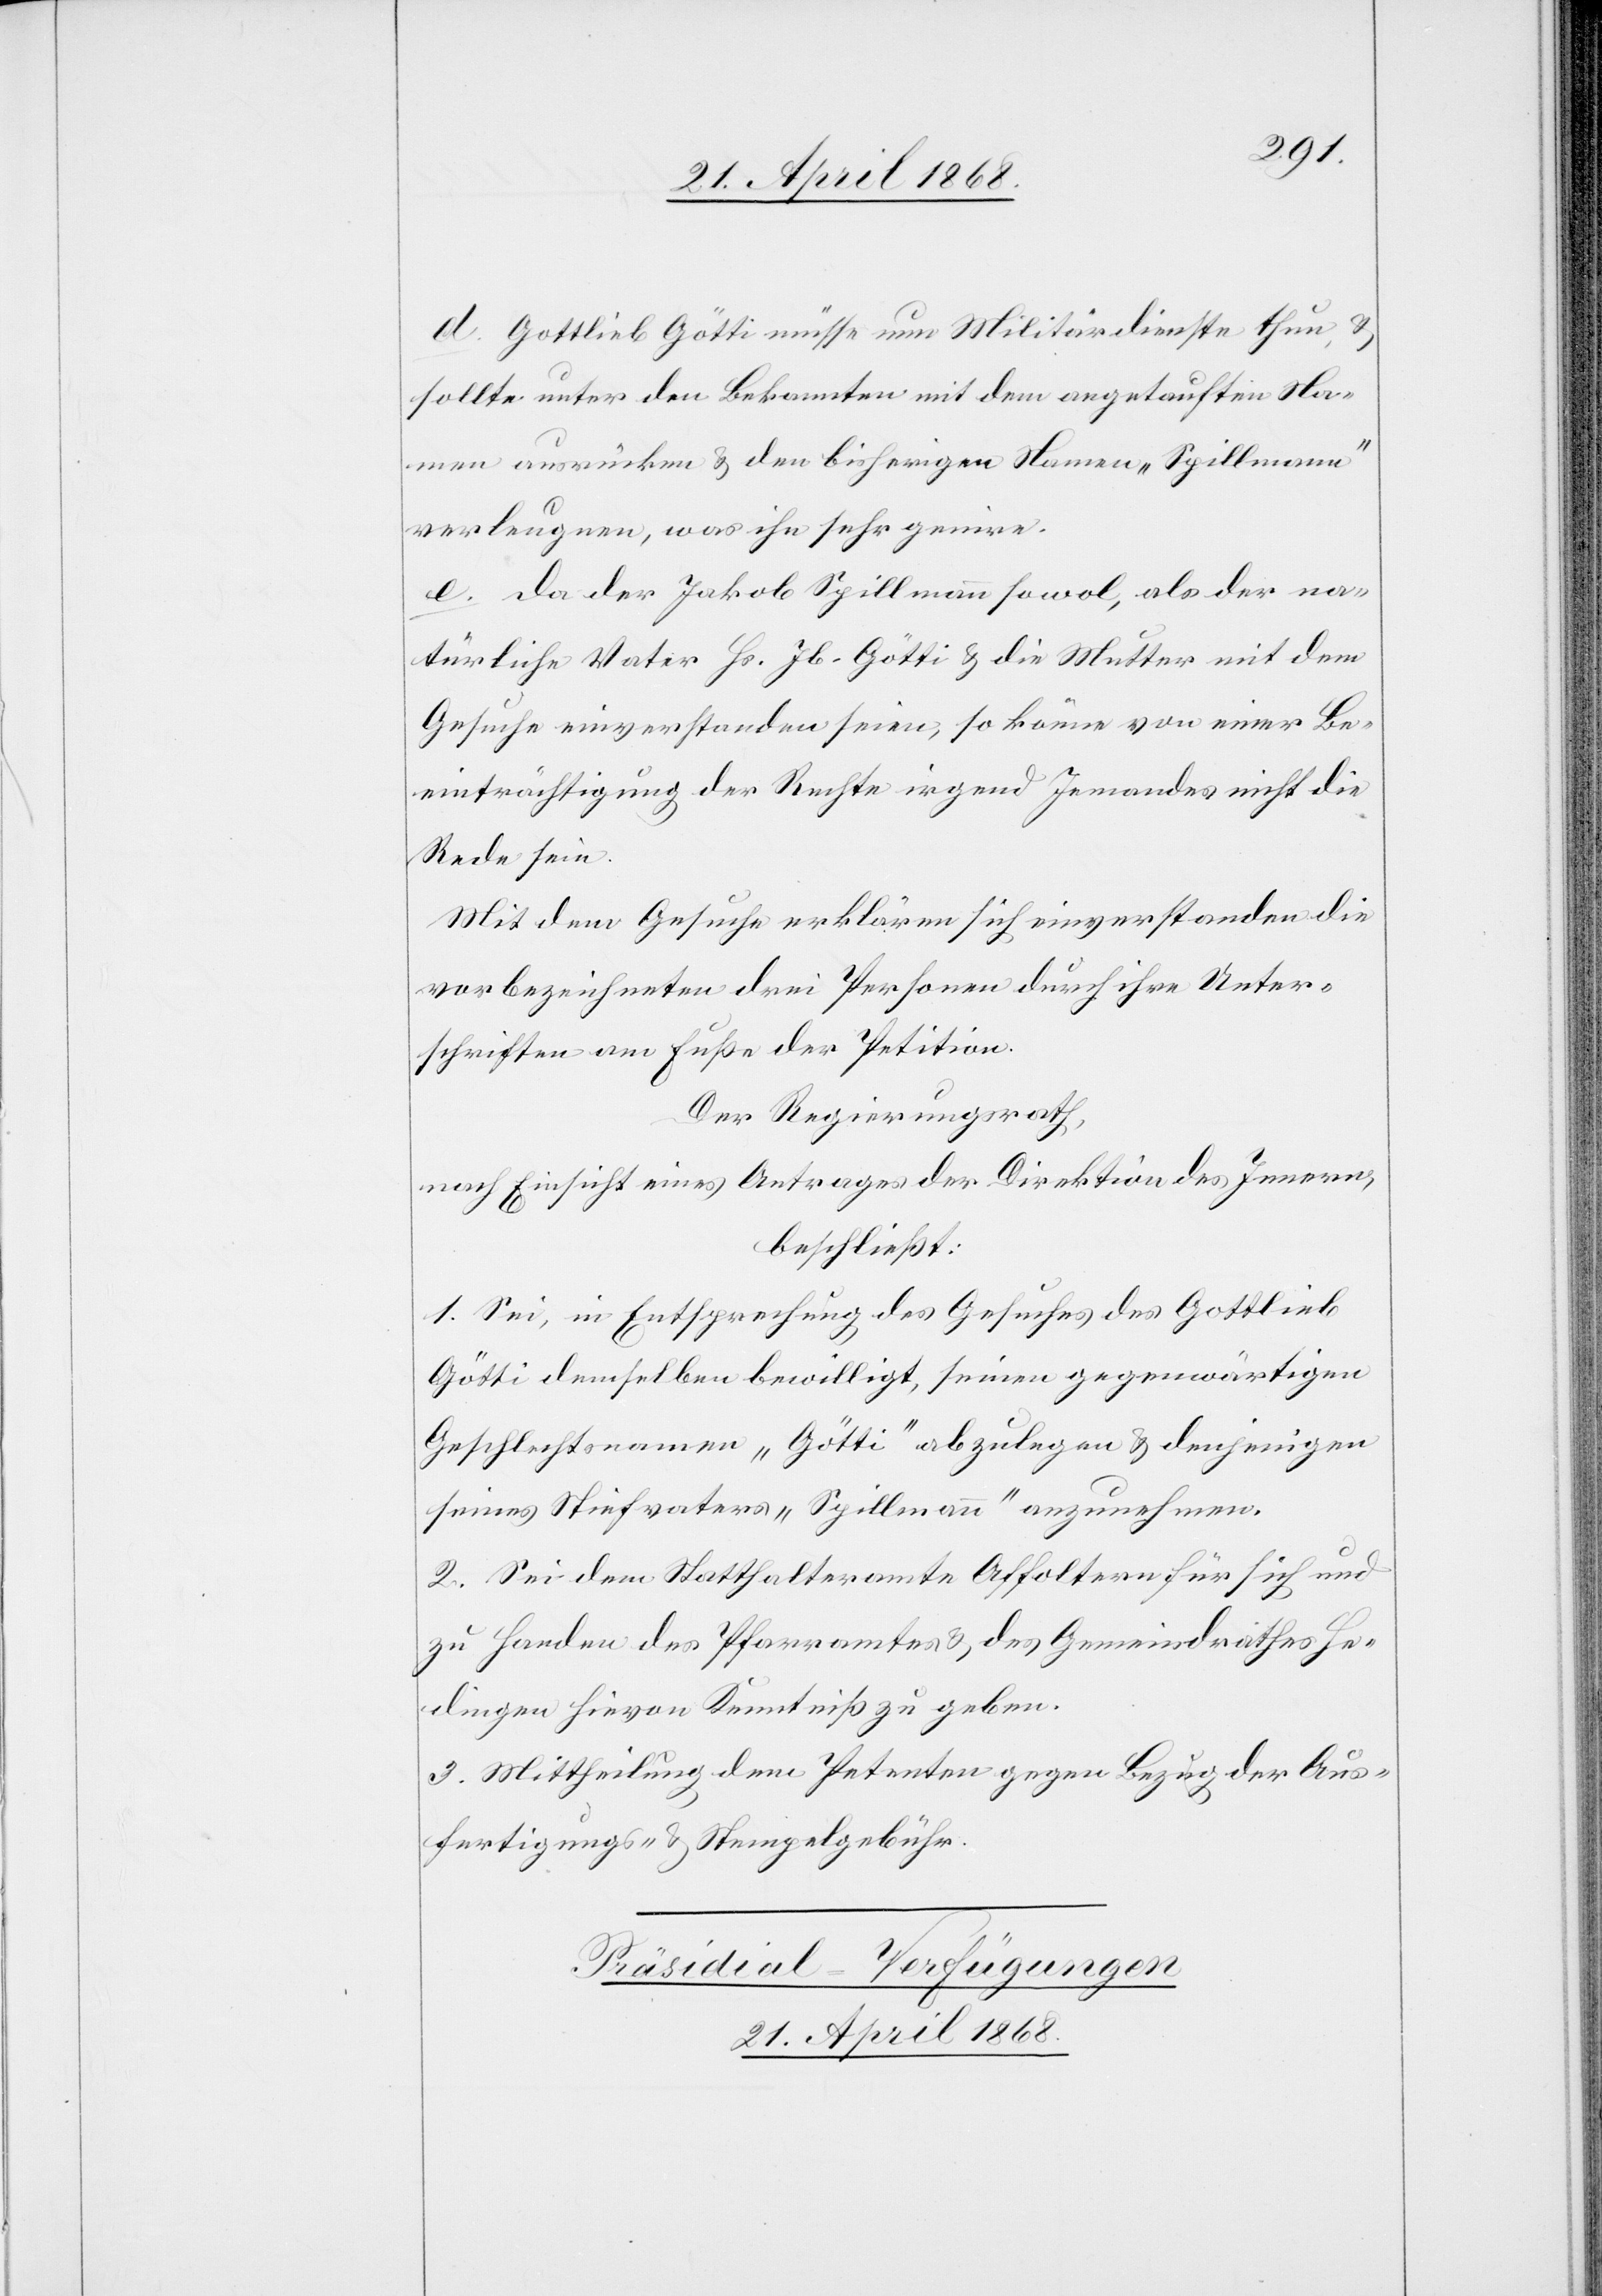
d. Gottlieb Götti müsse nun Militärdienste thun, &
sollte unter den Bekannten mit dem angetauften Na¬
men ausrücken & den bisherigen Namen „Spillmann“
verleugnen, was ihn sehr genire.
e. Da der Jakob Spillmann sowol, als der na¬
türliche Vater Hs. Jb. Götti & die Mutter mit dem
Gesuche einverstanden seien, so könne von einer Be¬
einträchtigung der Rechte irgend Jemandes nicht die
Rede sein.
Mit dem Gesuche erklären sich einverstanden die
vorbezeichneten drei Personen durch ihre Unter¬
schriften am Fuße der Petition.
Der Regierungsrath,
nach Einsicht eines Antrages der Direktion des Innern,
beschließt:
1. Sei, in Entsprechung des Gesuches des Gottlieb
Götti demselben bewilligt, seinen gegenwärtigen
Geschlechtsnamen „Götti“ abzulegen & denjenigen
seines Stiefvaters „Spillmann“ anzunehmen.
2. Sei dem Statthalteramte Affoltern für sich und
zu Handen des Pfarramtes & des Gemeindrathes He¬
dingen hievon Kenntniß zu geben.
3. Mittheilung dem Petenten gegen Bezug der Aus¬
fertigungs- & Stempelgebühr.
Präsidial-Verfügungen
21. April 1868.